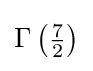
\Gamma \left({\tfrac {7}{2}}\right)